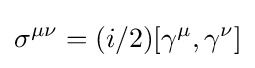
\sigma ^{\mu \nu }=(i/2)[\gamma ^{\mu },\gamma ^{\nu }]